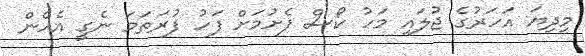
މިދިޔަ އަހަރުގެ ޖުލައި މަހު ކޯސް ފެށުމަށް ފަހު ފުރަތަމަ ނެގީ އެހެން